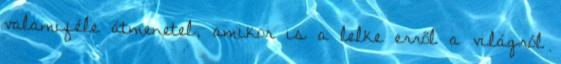
valamiféle átmenetel, amikor is a lelke erről a világról